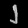
Digit: ၂